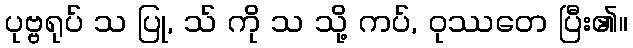
ပုဗ္ဗရုပ် သ ပြု, သ် ကို သ သို့ ကပ်, ဝုဿတေ ပြီး၏။